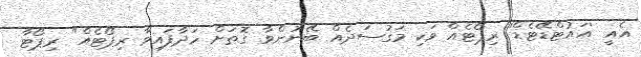
އެއީ 'އައުޓްޑޭޓެޑް' ރިޕޯޓެއް ވަކި މަގުސަދެއް ބޭނުންވާ ގޮތަށް ހަދާފައިވާ ރިޕޯޓެއް" ރިޕޯޓާ